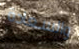
والسعادة